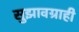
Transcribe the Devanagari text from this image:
सुझावग्राही